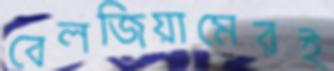
বেলজিয়ামেরই